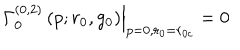
\left. \Gamma _ { 0 } ^ { ( 0 , 2 ) } \left( p ; r _ { 0 } , g _ { 0 } \right) \right| _ { p = 0 , r _ { 0 } = r _ { 0 { c } } } = 0